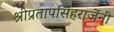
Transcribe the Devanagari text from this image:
श्रीप्रतापसिंहराजेंनी